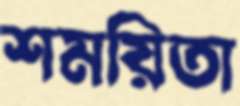
শময়িতা